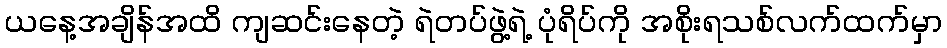
ယနေ့အချိန်အထိ ကျဆင်းနေတဲ့ ရဲတပ်ဖွဲ့ရဲ့ ပုံရိပ်ကို အစိုးရသစ်လက်ထက်မှာ